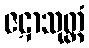
ဇဋာသုတ္တံ